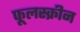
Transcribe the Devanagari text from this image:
फूलस्क्रीन